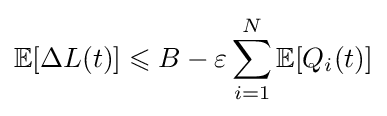
\mathbb {E} [\Delta L(t)]\leqslant B-\varepsilon \sum _{i=1}^{N}\mathbb {E} [Q_{i}(t)]